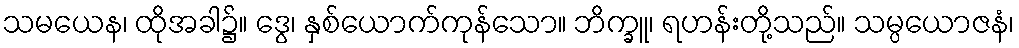
သမယေန၊ ထိုအခါ၌။ ဒွေ၊ နှစ်ယောက်ကုန်သော။ ဘိက္ခူ၊ ရဟန်းတို့သည်။ သမ္ပယောဇနံ၊